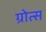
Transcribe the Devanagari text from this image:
ग्रोत्स